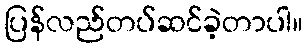
ပြန်လည်တပ်ဆင်ခဲ့တာပါ။